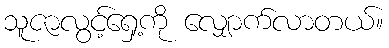
သူဇာလွင့်ရှေ့ကို လျှောက်လာတယ်။